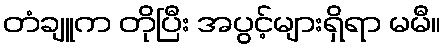
တံချူက တိုပြီး အပွင့်များရှိရာ မမီ။